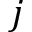
j